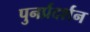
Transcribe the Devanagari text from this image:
पुनर्प्रदर्शन